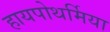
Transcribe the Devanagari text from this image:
हायपोथर्मिया